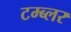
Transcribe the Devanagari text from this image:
टम्ब्लर